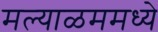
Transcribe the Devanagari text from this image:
मल्याळममध्ये